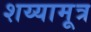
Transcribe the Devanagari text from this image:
शय्यामूत्र